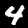
Label: 4